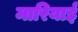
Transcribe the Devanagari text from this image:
मारियाई